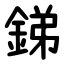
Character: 銻